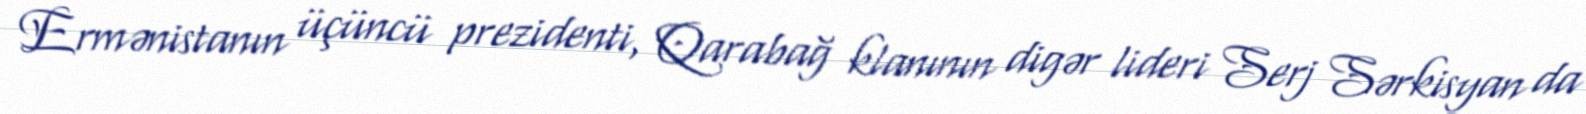
Ermənistanın üçüncü prezidenti, Qarabağ klanının digər lideri Serj Sərkisyan da